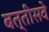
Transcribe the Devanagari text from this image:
बत्तीसवे